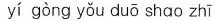
yí gòng yǒu duō shao zhī